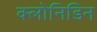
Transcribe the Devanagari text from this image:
क्लोनिडिन